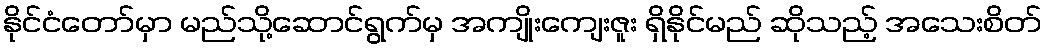
နိုင်ငံတော်မှာ မည်သို့ဆောင်ရွက်မှ အကျိုးကျေးဇူး ရှိနိုင်မည် ဆိုသည့် အသေးစိတ်